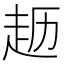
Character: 𫎱